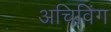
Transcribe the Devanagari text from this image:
अचिविंग